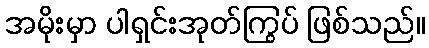
အမိုးမှာ ပါရှင်းအုတ်ကြွပ် ဖြစ်သည်။